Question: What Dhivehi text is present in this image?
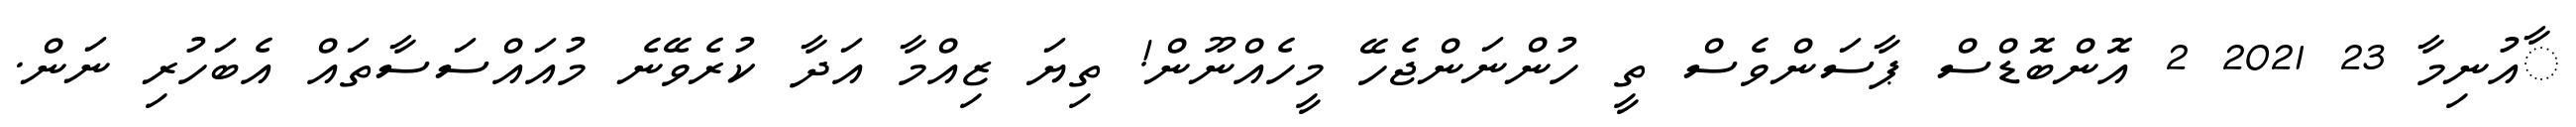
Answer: ާއުނިމާ 23 2021 2 އޮންބޮޑްސް ޕާސަންވެސް ތީ ހުންނަންޖެހޭ މީހެއްނޫން! ތިޔަ ޒިއްމާ އަދާ ކުރެވޭނެ މުއައްސަސާތައް އެބަހުރި ނަން.